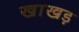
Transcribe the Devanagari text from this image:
खाखड़